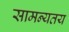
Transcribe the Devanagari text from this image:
सामन्यतय